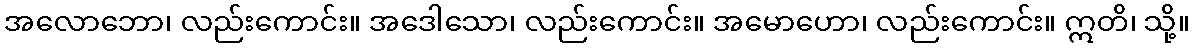
အလောဘော၊ လည်းကောင်း။ အဒေါသော၊ လည်းကောင်း။ အမောဟော၊ လည်းကောင်း။ ဣတိ၊ သို့။